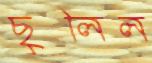
ছুলিল